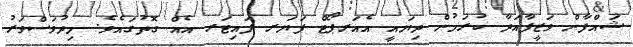
ޝައްފާން ވަޒީފާއަދާ ކުރަމުން ދިޔައީ އެއަރޕޯޓް ފަޔަރ ފައިޓަރ އެއް ގޮތުގައެވެ. މިދުވަސްވަރު